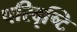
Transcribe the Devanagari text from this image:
परिदृष्टि